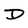
Character: D